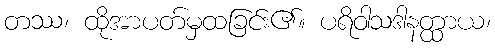
တဿ၊ ထိုအာပတ်မှထခြင်း၏။ ပရိဝါသဒါနတ္ထာယ၊